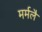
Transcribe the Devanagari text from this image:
मर्मलै